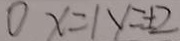
0 x = 1 y = \pm 2